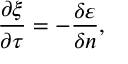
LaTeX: \frac { \partial \xi } { \partial \tau } = - \frac { \delta \varepsilon } { \delta n } ,